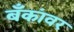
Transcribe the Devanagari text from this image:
बँकांवर